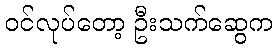
ဝင်လုပ်တော့ ဦးသက်ဆွေက